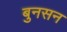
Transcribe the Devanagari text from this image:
बुनसन